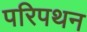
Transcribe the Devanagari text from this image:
परिपथन